Indian journal of veterinary science and animal husbandry - Volumes 18-21, 1948-1951
Year: 1948
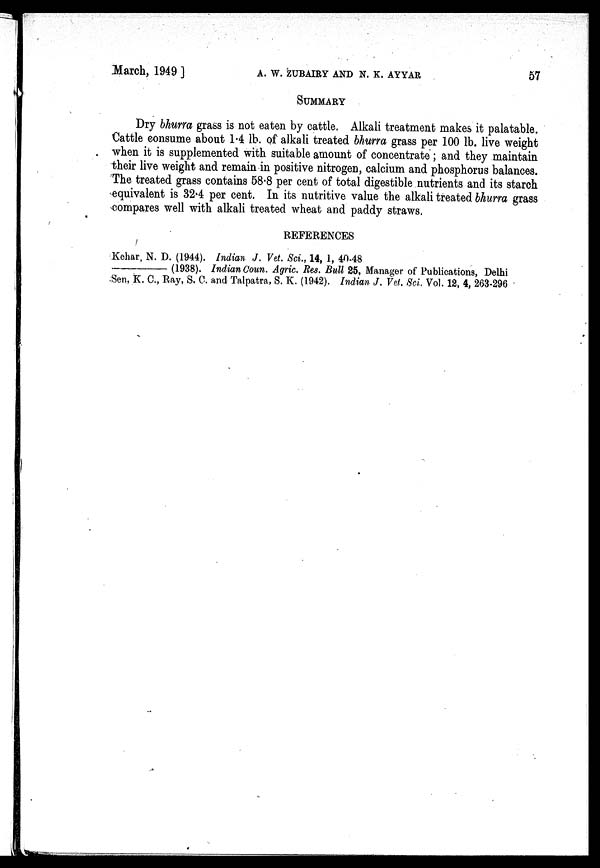
March, 1949]
A.
W.
ZUBAIRY
AND
N.
K.
AYYAR
57
SUMMARY
Dry bhurra grass is not eaten by cattle. Alkali treatment makes it palatable.
Cattle consume about 1.4 lb. of alkali treated bhurra grass per 100 lb. live weight
when it is supplemented with suitable amount of concentrate; and they maintain
their live weight and remain in positive nitrogen, calcium and phosphorus balances.
The treated grass contains 58.8 per cent of total digestible nutrients and its starch
equivalent is 32.4 per cent. In its nutritive value the alkali treated bhurra grass
compares well with alkali treated wheat and paddy straws.
REFERENCES
Kehar, N. D. (1944). Indian J. Vet. Sci., 14, 1, 40-48
——
(1938). Indian Coun. Agric. Res. Bull 25, Manager of Publications, Delhi
Sen, K. C., Ray, S. C. and Talpatra, S. K. (1942). Indian J. Vet. Sci. Vol. 12, 4, 263-296